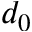
d _ { 0 }